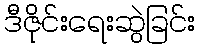
ဒီဇိုင်းရေးဆွဲခြင်း